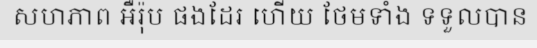
សហភាព អឺរ៉ុប ផងដែរ ហើយ ថែមទាំង ទទួលបាន